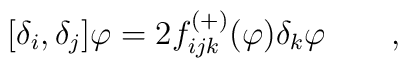
\lbrack \delta _{i},\delta _{j}]\varphi =2f_{ijk}^{\left( +\right) }(\varphi)\delta _{k}\varphi \qquad ,